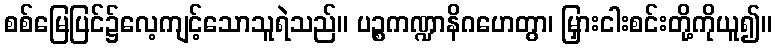
စစ်မြေပြင်၌လေ့ကျင့်သောသူရဲသည်။ ပဉ္စကဏ္ဍာနိဂဟေတွာ၊ မြှားငါးစင်းတို့ကိုယူ၍။